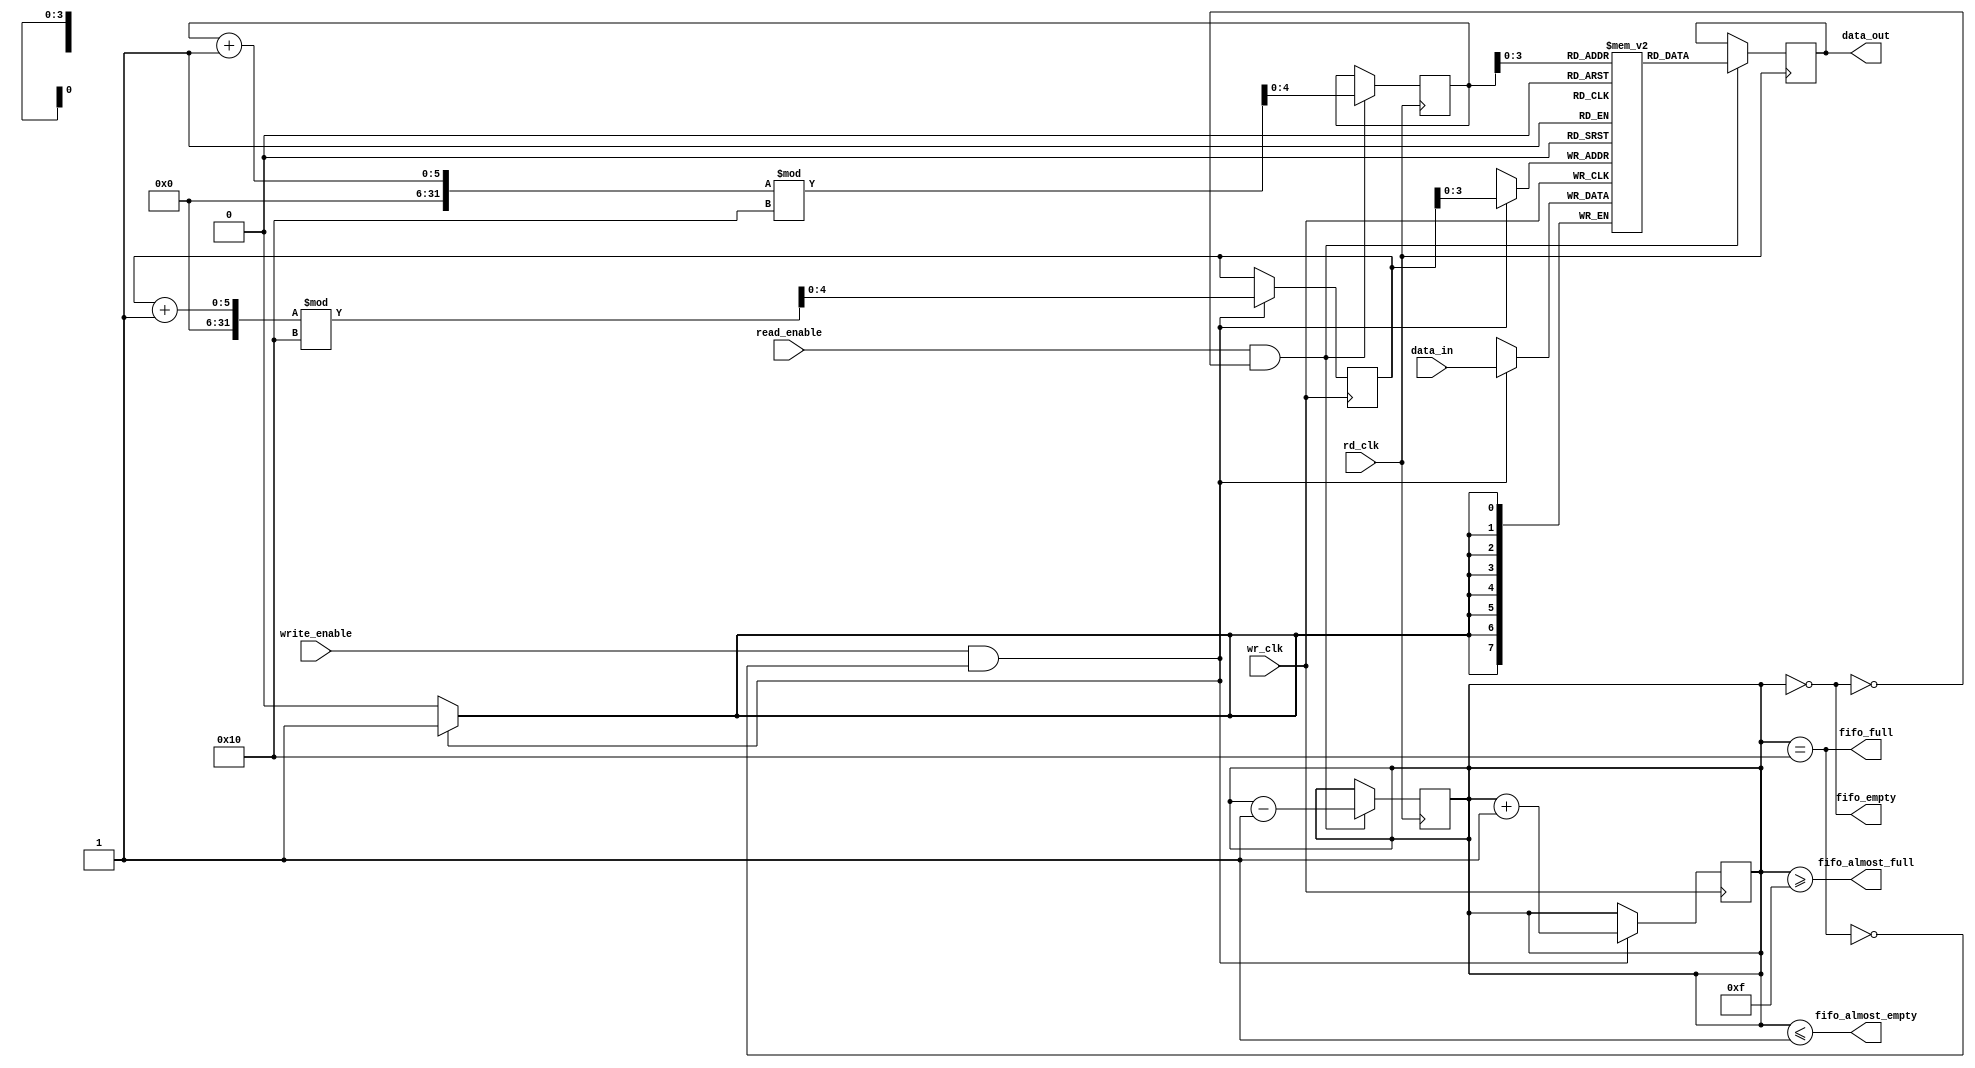
module fifo_synchronizer #(
    parameter DATA_WIDTH = 8,
    parameter FIFO_DEPTH = 16
)(
    input wire wr_clk,                   // Write clock
    input wire rd_clk,                   // Read clock
    input wire write_enable,             // Write enable signal
    input wire read_enable,              // Read enable signal
    input wire [DATA_WIDTH-1:0] data_in, // Data input
    output wire [DATA_WIDTH-1:0] data_out,// Data output
    output wire fifo_empty,              // FIFO empty flag
    output wire fifo_full,               // FIFO full flag
    output wire fifo_almost_empty,       // FIFO almost empty flag
    output wire fifo_almost_full         // FIFO almost full flag
);
    
    // Internal signal declarations
    reg [DATA_WIDTH-1:0] fifo_mem [0:FIFO_DEPTH-1];
    reg [4:0] wr_ptr;  // Write pointer, 5 bits for depth 16
    reg [4:0] rd_ptr;  // Read pointer, 5 bits for depth 16
    reg [4:0] count;    // Number of elements in FIFO

    // Status flags
    assign fifo_empty = (count == 0);
    assign fifo_full = (count == FIFO_DEPTH);
    assign fifo_almost_empty = (count <= 1);
    assign fifo_almost_full = (count >= FIFO_DEPTH - 1);

    // Write operation on wr_clk
    always @(posedge wr_clk) begin
        if (write_enable && !fifo_full) begin
            fifo_mem[wr_ptr] <= data_in;
            wr_ptr <= (wr_ptr + 1) % FIFO_DEPTH;  // Wrap around
            count <= count + 1;
        end
    end

    // Read operation on rd_clk
    always @(posedge rd_clk) begin
        if (read_enable && !fifo_empty) begin
            data_out <= fifo_mem[rd_ptr];
            rd_ptr <= (rd_ptr + 1) % FIFO_DEPTH;  // Wrap around
            count <= count - 1;
        end
    end

    // Initialize pointers
    initial begin
        wr_ptr = 0;
        rd_ptr = 0;
        count = 0;
    end

endmodule